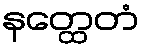
နတ္ထေတံ